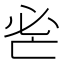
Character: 𢗺